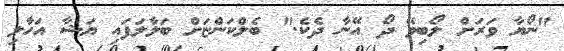
"ނޯޔާ ވަރަށް ލޯބިވޭ ދޯ އޭނާ ދެކެ." ބެލްކަންޏަށް ބަލާލަފައި ޔަޝާ އަހާލި